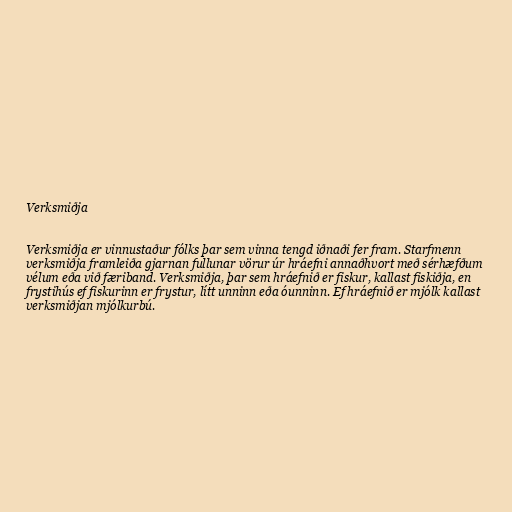
Verksmiðja

Verksmiðja er vinnustaður fólks þar sem vinna tengd iðnaði fer fram. Starfmenn
verksmiðja framleiða gjarnan fullunar vörur úr hráefni annaðhvort með sérhæfðum
vélum eða við færiband. Verksmiðja, þar sem hráefnið er fiskur, kallast fiskiðja, en
frystihús ef fiskurinn er frystur, lítt unninn eða óunninn. Ef hráefnið er mjólk kallast
verksmiðjan mjólkurbú.